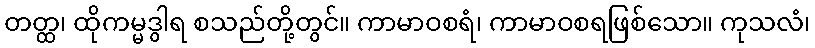
တတ္ထ၊ ထိုကမ္မဒွါရ စသည်တို့တွင်။ ကာမာဝစရံ၊ ကာမာဝစရဖြစ်သော။ ကုသလံ၊